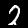
Digit: 2